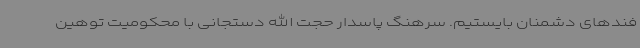
فندهای دشمنان بایستیم. سرهنگ پاسدار حجت الله دستجانی با محکومیت توهین